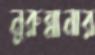
নুরুন্নানার